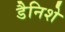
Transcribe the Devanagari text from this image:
डैनिशे